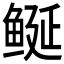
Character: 𱈁